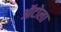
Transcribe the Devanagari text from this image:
ऑटोला